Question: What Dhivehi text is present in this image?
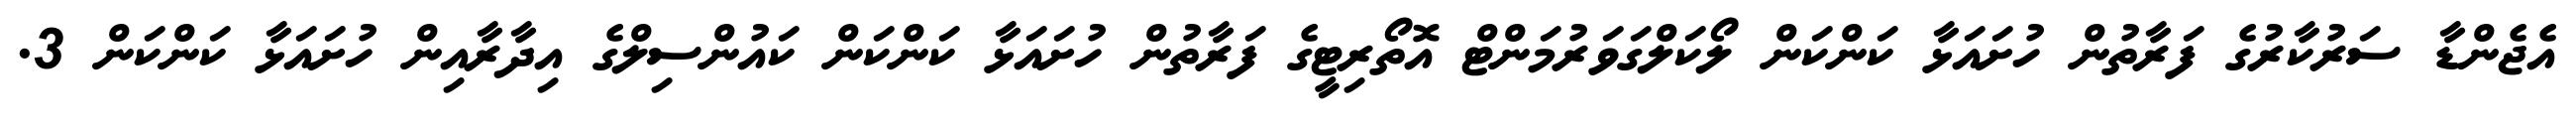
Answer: އެޖެންޑާ ސަރުކާރުގެ ފަރާތުން ހުށައަޅާ ކަންކަން ލޯކަލްގަވަރުމަންޓް އޮތޯރިޓީގެ ފަރާތުން ހުށައަޅާ ކަންކަން ކައުންސިލްގެ އިދާރާއިން ހުށައަޅާ ކަންކަން 3.